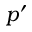
p ^ { \prime }